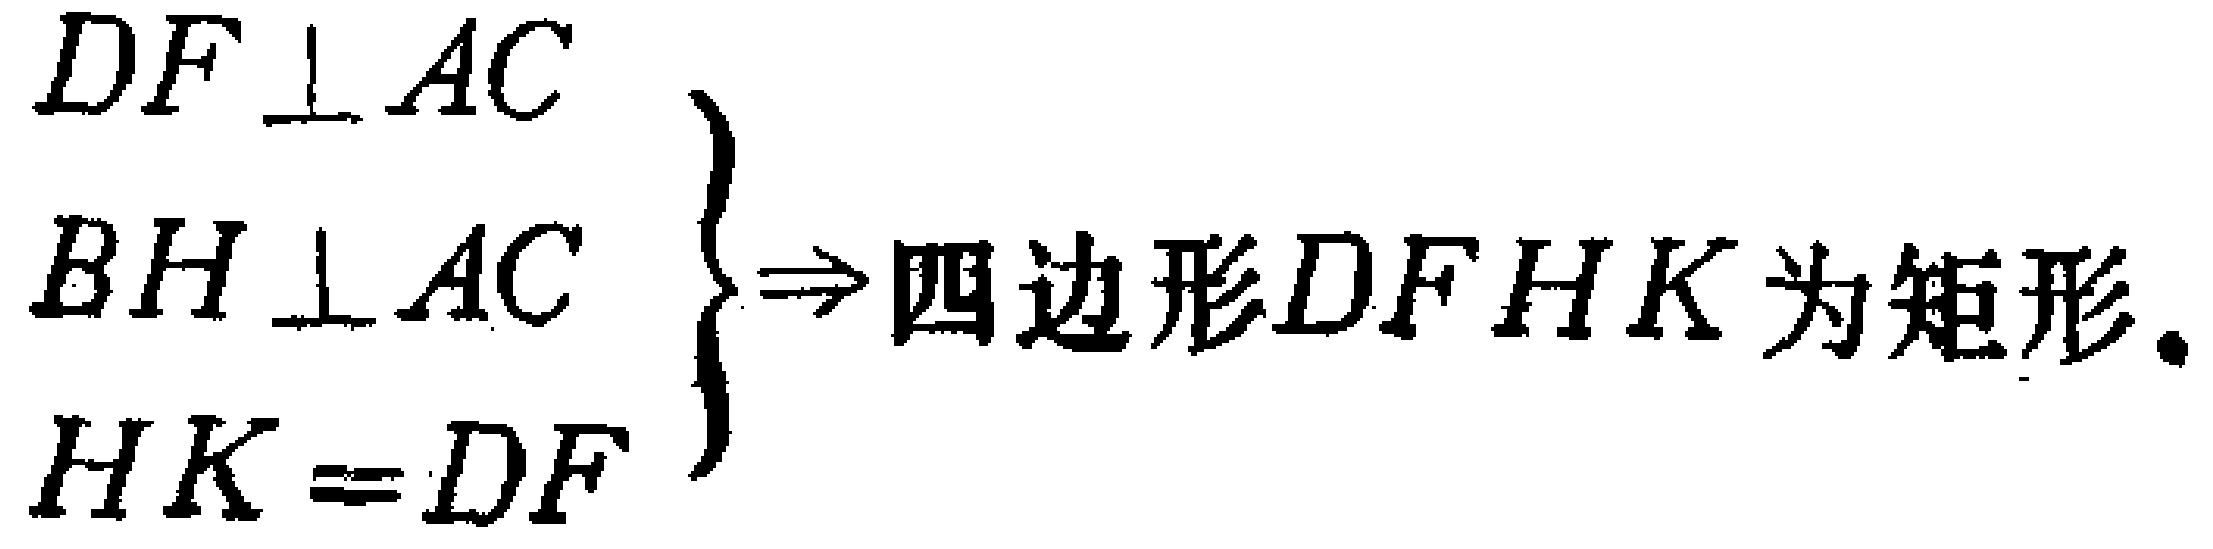
$\left.
\begin{array}{l}
DF\perp AC \\
BH\perp AC \\
HK = DF
\end{array}
\right\}
\Rightarrow 四边形DFHK为矩形.$